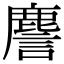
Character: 䴦